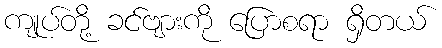
ကျုပ်တို့ ခင်ဗျားကို ပြောစရာ ရှိတယ်